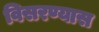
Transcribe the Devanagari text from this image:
विसरण्यास